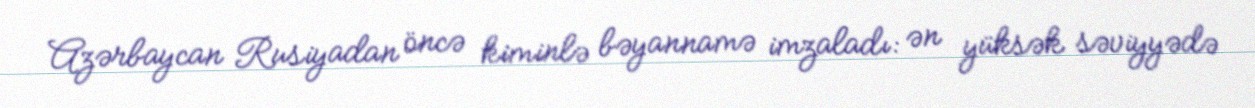
Azərbaycan Rusiyadan öncə kiminlə bəyannamə imzaladı: ən yüksək səviyyədə